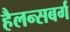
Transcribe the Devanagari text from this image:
हैलन्सबर्ग